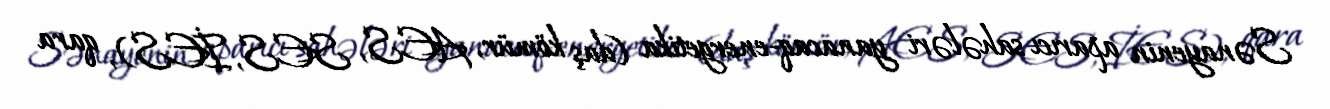
Sənayenin aparıcı sahələri yanacaq-energetika (daş kömür, AES, SES, İES), qara